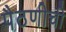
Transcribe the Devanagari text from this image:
पैठणीची